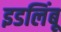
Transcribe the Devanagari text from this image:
इडलिंबू